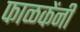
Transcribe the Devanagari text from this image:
फाळकेंनी